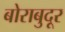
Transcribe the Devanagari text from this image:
बोराबुदूर